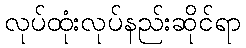
လုပ်ထုံးလုပ်နည်းဆိုင်ရာ